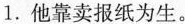
1.他靠卖报纸为生.